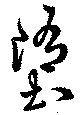
堕